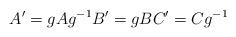
LaTeX: \begin{align*}A' = g A g^{-1} B' = g B C' = C g^{-1} \end{align*}